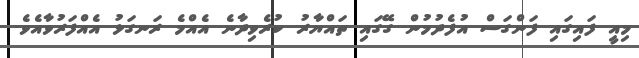
މިއީ ފައިގައި ފަންގަސް އުފެދުމުން ގޭގައި ތައްޔާރު ކުރެވިދާނެ އެއްމެ ރަނގަޅު އެއްފަރުވާއެވެ.